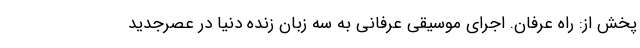
پخش از: راه عرفان. اجرای موسیقی عرفانی به سه زبان زنده دنیا در عصرجدید